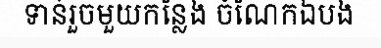
ទាន់រួចមួយកន្លែង ចំណែកឯបង